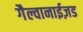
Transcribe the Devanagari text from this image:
गैल्वानाईज़ड